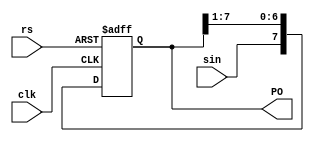
`timescale 1ns/1ns
module shift_register3(input sin, clk, rs, output reg [7:0] PO);
	always @ (posedge clk,posedge rs) begin
		if (rs)
			 PO <= 8'b0;
		 else
			PO <= {sin, PO[7:1]};
	end
endmodule